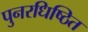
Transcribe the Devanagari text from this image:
पुनरधिष्ठित